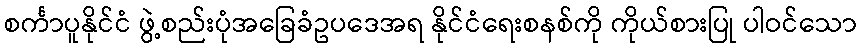
စင်္ကာပူနိုင်ငံ ဖွဲ့စည်းပုံအခြေခံဥပဒေအရ နိုင်ငံရေးစနစ်ကို ကိုယ်စားပြု ပါဝင်သော